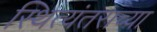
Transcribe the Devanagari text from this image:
स्थित्यंतराच्या